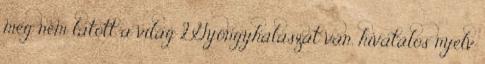
még nem látott a világ 2Gyöngyhalászat van, hivatalos nyelv